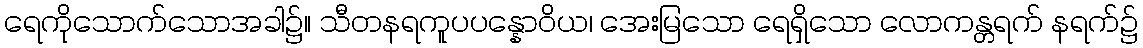
ရေကိုသောက်သောအခါ၌။ သီတနရကူပပန္နောဝိယ၊ အေးမြသော ရေရှိသော လောကန္တရက် နရက်၌